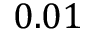
0 . 0 1